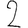
Digit: 2